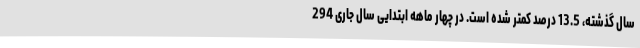
سال گذشته، 13.5 درصد کمتر شده است. در چهار ماهه ابتدایی سال جاری 294